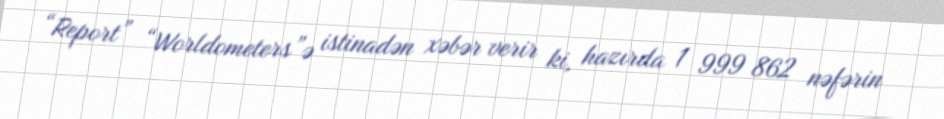
“Report” “Worldometers”ə istinadən xəbər verir ki, hazırda 1 999 862 nəfərin